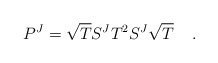
\begin{align*}{P}^J = \sqrt{{T}}{S}^J{T}^2{S}^J\sqrt{{T}} \;\;\;\; .\end{align*}